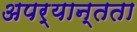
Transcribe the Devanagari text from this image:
अपर्यान्तता